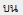
บน